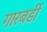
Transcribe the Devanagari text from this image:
गारबर्डी